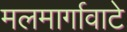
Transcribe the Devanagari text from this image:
मलमार्गावाटे